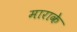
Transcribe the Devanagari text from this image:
माराके